Medical and sanitary report on the native army of Bombay for the year
Year: 1879
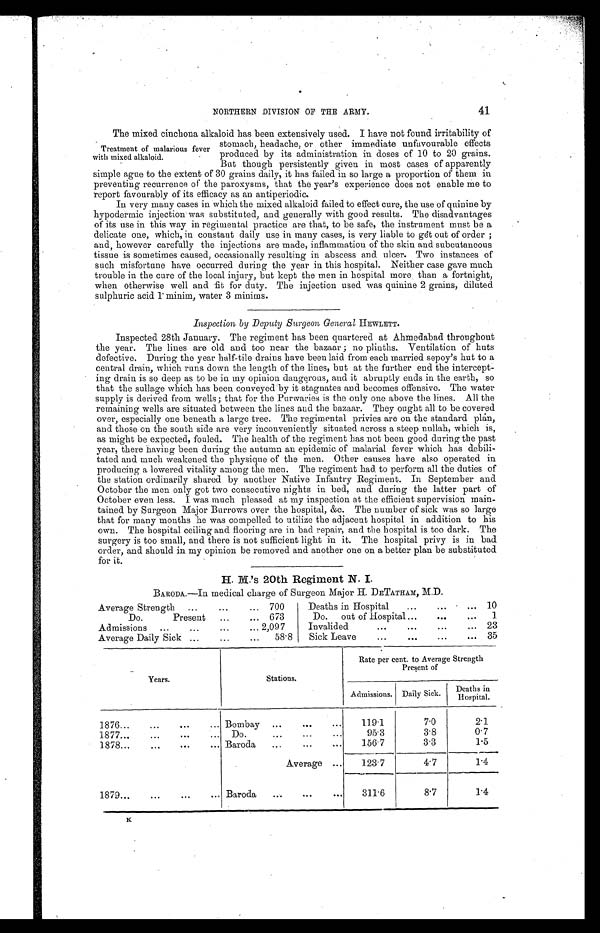
41
NORTHERN DIVISION OF THE ARMY.
The mixed cinchona alkaloid has been extensively used. I have not found irritability of
stomach, headache, or other immediate unfavourable effects
produced by its administration in doses of 10 to 20 grains.
But though persistently given in most cases of apparently
simple ague to the extent of 30 grains daily, it has failed in so large a proportion of them in
preventing recurrence of the paroxysms, that the year's experience does not enable me to
report favourably of its efficacy as an antiperiodic.
In very many cases in which the mixed alkaloid failed to effect cure, the use of quinine by
hypodermic injection was substituted, and generally with good results. The disadvantages
of its use in this way in regimental practice are that, to be safe, the instrument must be
a delicate one, which, in constant daily use in many cases, is very liable to gdt out of order;
and, however carefully the injections are made, inflammation of the skin and subcutaneous
tissue is sometimes caused, occasionally resulting in abscess and ulcer. Two instances of
such misfortune have occurred during the year in this hospital. Neither case gave much
trouble in the cure of the local injury, but kept the men in hospital more than a fortnight,
when otherwise well and fit for duty. The injection used was quinine 2 grains, diluted
sulphuric acid 1 minim, water 3 minims.
Inspection by Deputy Surgeon General HEWLETT.
Inspected 28th January. The regiment has been quartered at Ahmedabad throughout
the year. The lines are old and too near the bazaar; no plinths. Ventilation of huts
defective. During the year half-tile drains have been laid from each married sepoy's hut to a
central drain, which runs down the length of the lines, but at the further end the intercept
-
ing drain is so deep as to be in my opinion dangerous, and it abruptly ends in the earth, so
that the sullage which has been conveyed by it stagnates and becomes offensive. The water
supply is derived from wells; that for the Purwaries is the only one above the lines. All the
remaining wells are situated between the lines and the bazaar. They ought all to be covered
over, especially one beneath a large tree. The regimental privies are on the standard plan,
and those on the south side are very inconveniently situated across a steep nullah, which is,
as might be expected, fouled. The health of the regiment has not been good during the past
year, there having been during the autumn an epidemic of malarial fever which has debili
-
tated and much weakened the physique of the men. Other causes have also operated in
producing a lowered vitality among the men. The regiment had. to perform all the duties of
the station ordinarily shared by another Native Infantry Regiment. In September and
October the men only got two consecutive nights in bed, and during the latter part of
October even less. I was much pleased at my inspection at the efficient supervision main
-
tained by Surgeon Major Burrows over the hospital, &c. The number of sick was so large
that for many mouths he was compelled to utilize the adjacent hospital in addition to his
own. The hospital ceiling and flooring are in bad repair, and the hospital is too dark. The
surgery is too small, and there is not sufficient light in it. The hospital privy is in bad
order, and should in my opinion be removed and another one on a better plan be substituted
for it.
H. M.'s 20th Regiment N. I.
BARODA.—In medical charge of Surgeon Major H. DETATHAM, M.D.
Average Strength . . .
700
Deaths in Hospital . . .
10
Do. Present . . .
673
Do. out of Hospital . . .
1
Admissions . . . 2,097
Invalided . . .
23
Average Daily Sick . . .
58.8
Sick Leave . . .
35
Years.
Stations.
Rate per cent. to Average Strength
Present of
Admissions.
Daily Sick.
Deaths in
Hospital.
1876 . . .
Bombay . . .
119.1
7.0
2.1
1877 . . .
Do.
.
.
.
95.3
3.8
0.7
1878 . . .
Baroda . . .
156.7
3.3
1.5
Average . . .
123.7
4.7
1.4
1879 . . .
Baroda . . .
311.6
8 . 7
1.4
Treatment of malarious fever
with mixed alkaloid.